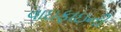
વાઇફાઇની